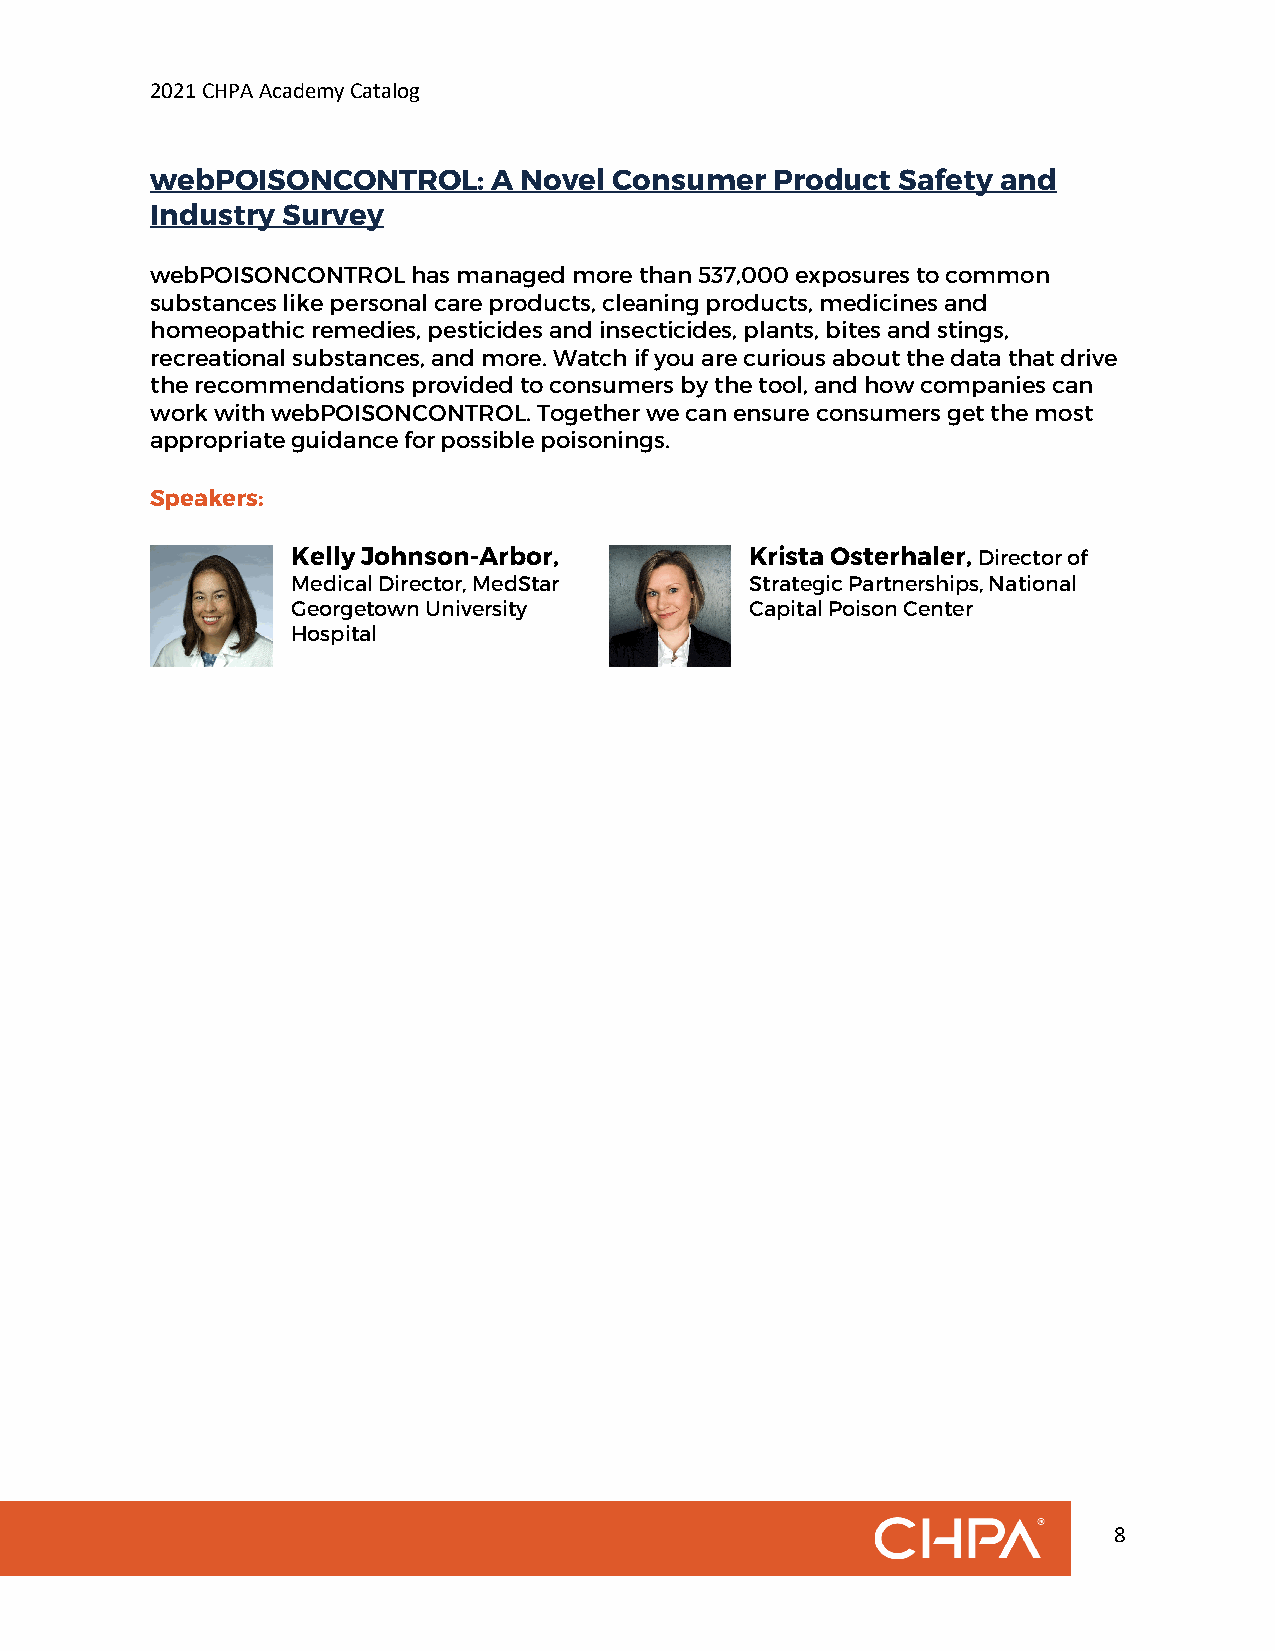
2021 CHPA Academy Catalog
 webPOISONCONTROL:      A Novel Consumer  Product  Safety and
 Industry Survey
 webPOISONCONTROL has managed more than 537,000 exposures to common
 substances like personal care products, cleaning products, medicines and
 homeopathic remedies, pesticides and insecticides, plants, bites and stings,
 recreational substances, and more. Watch if you are curious about the data that drive
 the recommendations provided to consumers by the tool, and how companies can
 work with webPOISONCONTROL. Together we can ensure consumers get the most
 appropriate guidance for possible poisonings.
 Speakers:
 Kelly Johnson-Arbor,           Krista Osterhaler, Director of
 Medical Director, MedStar      Strategic Partnerships, National
 Georgetown University          Capital Poison Center
 Hospital
 8